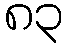
၈၃